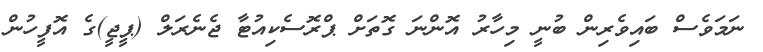
ނަމަވެސް ބައިވެރިން ބުނީ މިހާރު އޮންނަ ގޮތަށް ޕްރޮސެކިއުޓާ ޖެނެރަލް (ޕީޖީ)ގެ އޮފީހުން